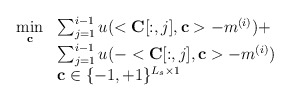
\begin{align*}\begin{array}{ll}\mathop{\min}\limits_{\mathbf{c}} & \sum_{j=1}^{i-1} u( <\mathbf{C}[:,j],\mathbf{c}> - m^{(i)} )+\\ & \sum_{j=1}^{i-1} u( -<\mathbf{C}[:,j],\mathbf{c}> - m^{(i)} )\\ & \mathbf{c}\in \{-1,+1\}^{L_{s}\times 1} \\\end{array}\end{align*}